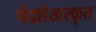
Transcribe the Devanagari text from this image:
चंद्रशेखरकृत